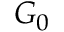
G _ { 0 }